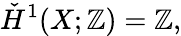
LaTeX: {\check{H}}^{1}(X;\mathbb{Z})=\mathbb{Z},